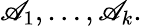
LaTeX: \mathscr{A}_{1},\ldots,\mathscr{A}_{k}.